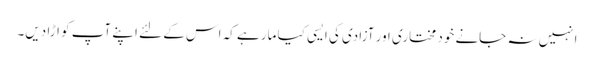
انہیں نہ جانے خود مختاری اور آزادی کی ایسی کیا مار ہے کہ اس کے لئے اپنے آپ کو اڑا دیں۔